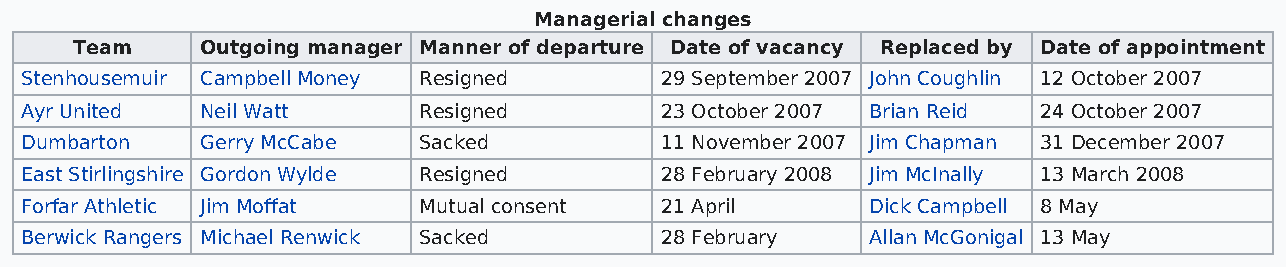
Managerial changes
 Team    Outgoing manager Manner of departure Date of vacancy Replaced by Date of appointment
 Stenhousemuir Campbell Money Resigned      29 September 2007 John Coughlin 12 October 2007
 Ayr United  Neil Watt      Resigned        23 October 2007 Brian Reid 24 October 2007
 Dumbarton   Gerry McCabe   Sacked          11 November 2007 Jim Chapman 31 December 2007
 East Stirlingshire Gordon Wylde Resigned   28 February 2008 Jim McInally 13 March 2008
 Forfar Athletic Jim Moffat Mutual consent  21 April      Dick Campbell 8 May
 Berwick Rangers Michael Renwick Sacked     28 February   Allan McGonigal 13 May